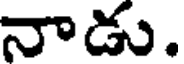
నాడు.